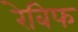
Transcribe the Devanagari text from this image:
रेबिफ